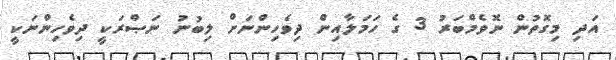
އަދި މިގޮތުން ނޮވެމްބަރު 3 ގެ ހަމަލާއިން ދިވެހިންނަށް ލިބުނު ނަޞްރަކީ ދިވެހިންނަކީ